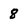
Character: 8